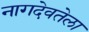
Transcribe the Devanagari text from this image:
नागदेवतेला